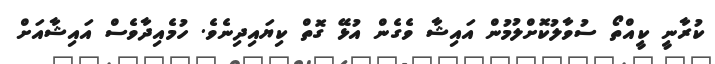
ކުރާނީ ކީއްތޯ ސުވާލުކޮށްލުމުން އައިޝާ ވެގެން އުޅޭ ގޮތް ކިޔައިދިނެވެ. ހުމެއިދާވެސް އައިޝާއަށް